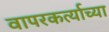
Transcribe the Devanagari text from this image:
वापरकर्त्याच्या